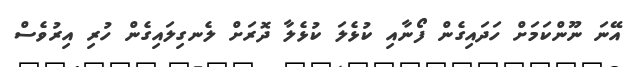
އޭނަ ނޫންކަމަށް ހަދައިގެން ފޯނާއި ކުޅެލަ ކުޅެލާ ދޮރަށް ލެނގިލައިގެން ހުރި އިރުވެސް